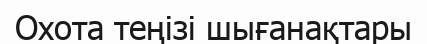
Охота теңізі шығанақтары